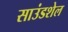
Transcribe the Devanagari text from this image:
साउंडशेल